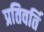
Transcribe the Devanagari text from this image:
प्रतिवर्ति